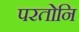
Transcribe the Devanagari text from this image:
परतोनि